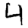
Digit: 4